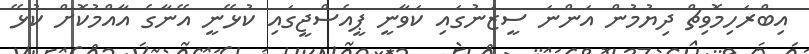
އިބްރަހިމޮވިޗް ދިޔުމުން އަންނަ ސީޒަނުގައި ކަވާނީ ޕީއެސްޖީގައި ކުޅޭނީ އޭނާގެ އާއްމުކޮށް ކުޅޭ